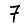
Digit: 7